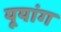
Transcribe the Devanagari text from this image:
यूयांग